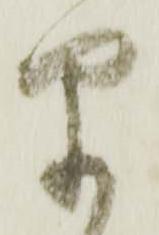
早